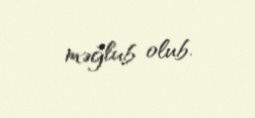
məğlub olub.